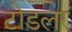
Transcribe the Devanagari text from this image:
टोडलर